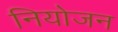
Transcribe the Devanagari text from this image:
नियोजन